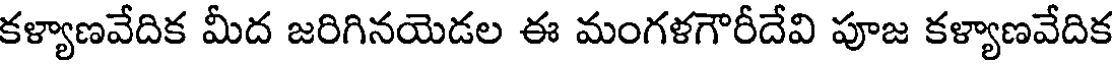
కళ్యాణవేదిక మీద జరిగినయెడల ఈ మంగళగౌరీదేవి పూజ కళ్యాణవేదిక